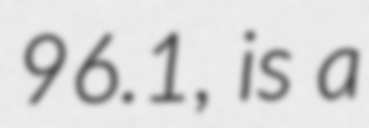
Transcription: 96.1, is a